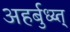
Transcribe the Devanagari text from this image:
अहर्बुध्य्त्